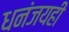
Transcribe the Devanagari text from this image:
धनंजयही